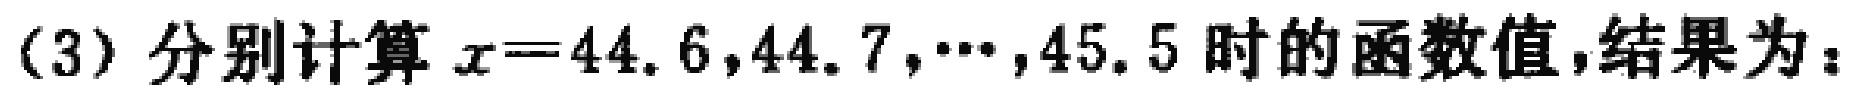
(3) 分别计算 \(x = 44.6,44.7,\cdots,45.5\) 时的函数值，结果为：